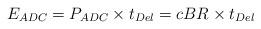
LaTeX: \begin{align*} E_{ADC} = P_{ADC}\times t_{Del} = cBR \times t_{Del} \end{align*}